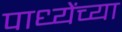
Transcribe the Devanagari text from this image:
पाध्येंच्या